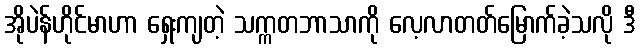
အိုပဲန်ဟိုင်မာဟာ ရှေးကျတဲ့ သက္ကတဘာသာကို လေ့လာတတ်မြောက်ခဲ့သလို ဒီ